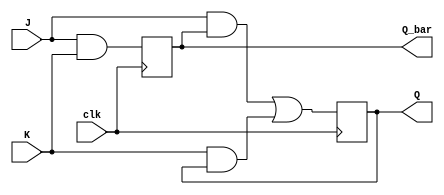
module jk_flipflop (
    input J,
    input K,
    input clk,
    output reg Q,
    output reg Q_bar
);

wire w, x, y, z;

// Master stage
assign w = J & Q_bar;
assign x = K & Q;
assign y = w | x;
assign z = J & K;

// Slave stage
always @(posedge clk) begin
    Q <= y;
    Q_bar <= z;
end

endmodule